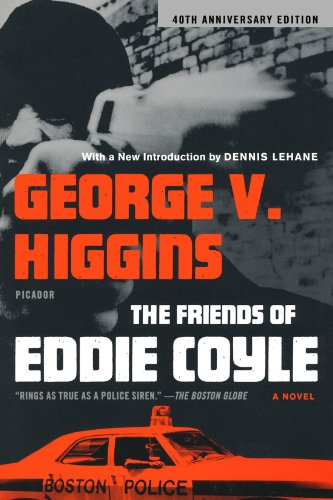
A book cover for The Friends of Eddie Coyle: A Novel; George V. Higgins; Mystery, Thriller & Suspense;